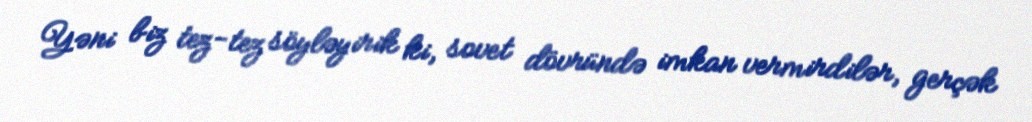
Yəni biz tez-tez söyləyirik ki, sovet dövründə imkan vermirdilər, gerçək